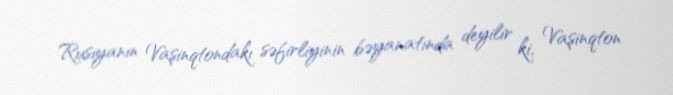
Rusiyanın Vaşinqtondakı səfirliyinin bəyanatında deyilir ki, Vaşinqton